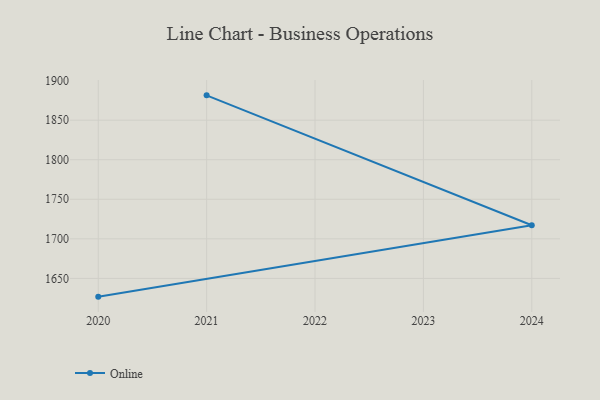
{"axis": {"x": "Year", "y": "Demand Index"}, "legend": ["Online"], "data": [{"x": "2021", "y": 1881.4, "type": "Online"}, {"x": "2024", "y": 1717.2, "type": "Online"}, {"x": "2020", "y": 1626.9, "type": "Online"}]}